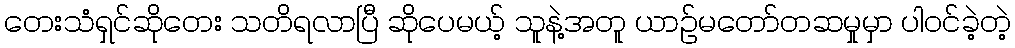
တေးသံရှင်ဆိုတေး သတိရလာပြီ ဆိုပေမယ့် သူနဲ့အတူ ယာဉ်မတော်တဆမှုမှာ ပါဝင်ခဲ့တဲ့